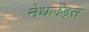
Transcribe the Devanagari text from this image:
नेधर्लेंड्स